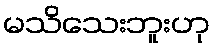
မသိသေးဘူးဟု